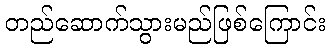
တည်ဆောက်သွားမည်ဖြစ်ကြောင်း